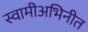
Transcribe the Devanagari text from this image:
स्वामीअभिनीत